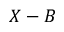
X - B